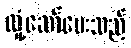
လှုံ့ဆော်ပေးသည်